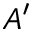
A ^ { \prime }